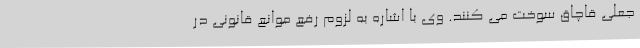
جعلی قاچاق سوخت می کنند. وی با اشاره به لزوم رفع موانع قانونی در